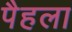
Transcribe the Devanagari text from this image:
पैहला